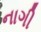
નાગી